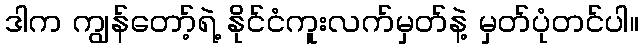
ဒါက ကျွန်တော့်ရဲ့ နိုင်ငံကူးလက်မှတ်နဲ့ မှတ်ပုံတင်ပါ။